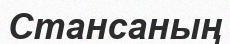
Стансаның